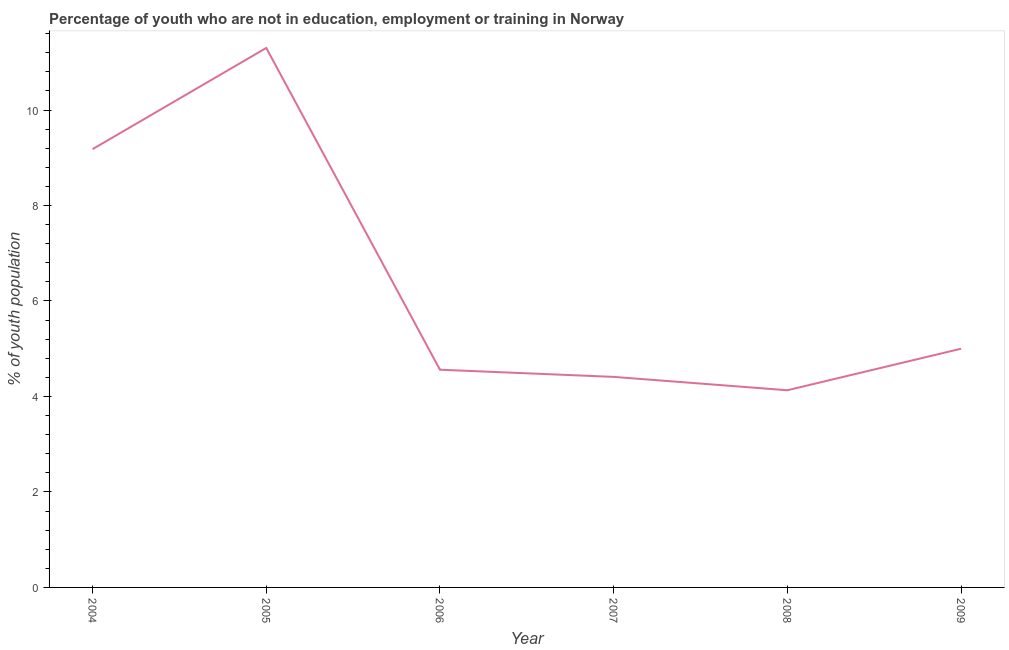
| Year | Unemployed youth |
 | --- | --- |
 | 2004 | 9.18 |
 | 2005 | 11.3 |
 | 2006 | 4.56 |
 | 2007 | 4.41 |
 | 2008 | 4.13 |
 | 2009 | 5 |